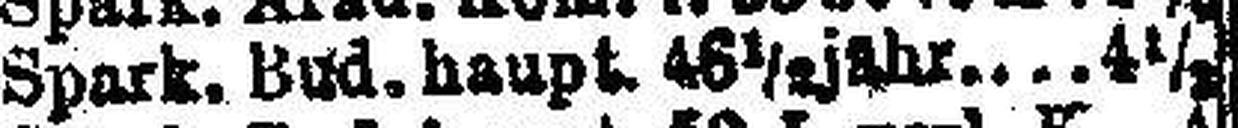
Spark. Bud. haupt. 46½ jahr 4½